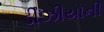
ડીઝીયોની